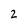
Character: 2